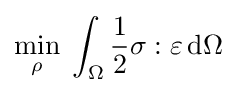
\min _{\rho }\;\int _{\Omega }{\frac {1}{2}}\mathbf {\sigma } :\mathbf {\varepsilon } \,\mathrm {d} \Omega